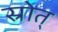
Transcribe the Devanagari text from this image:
स्रोत्